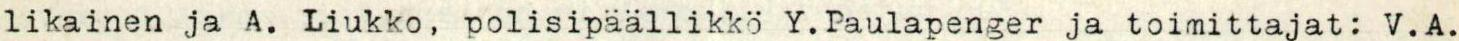
likainen ja A. Liukko, polisipäällikkö Y.Paulapenger ja toimittajat: V.A.